DOW-UAP-D49, Launch Summary, Vandenberg AFB, 2000
Agency: Department of War
Incident date: 2/3/00
Page 18
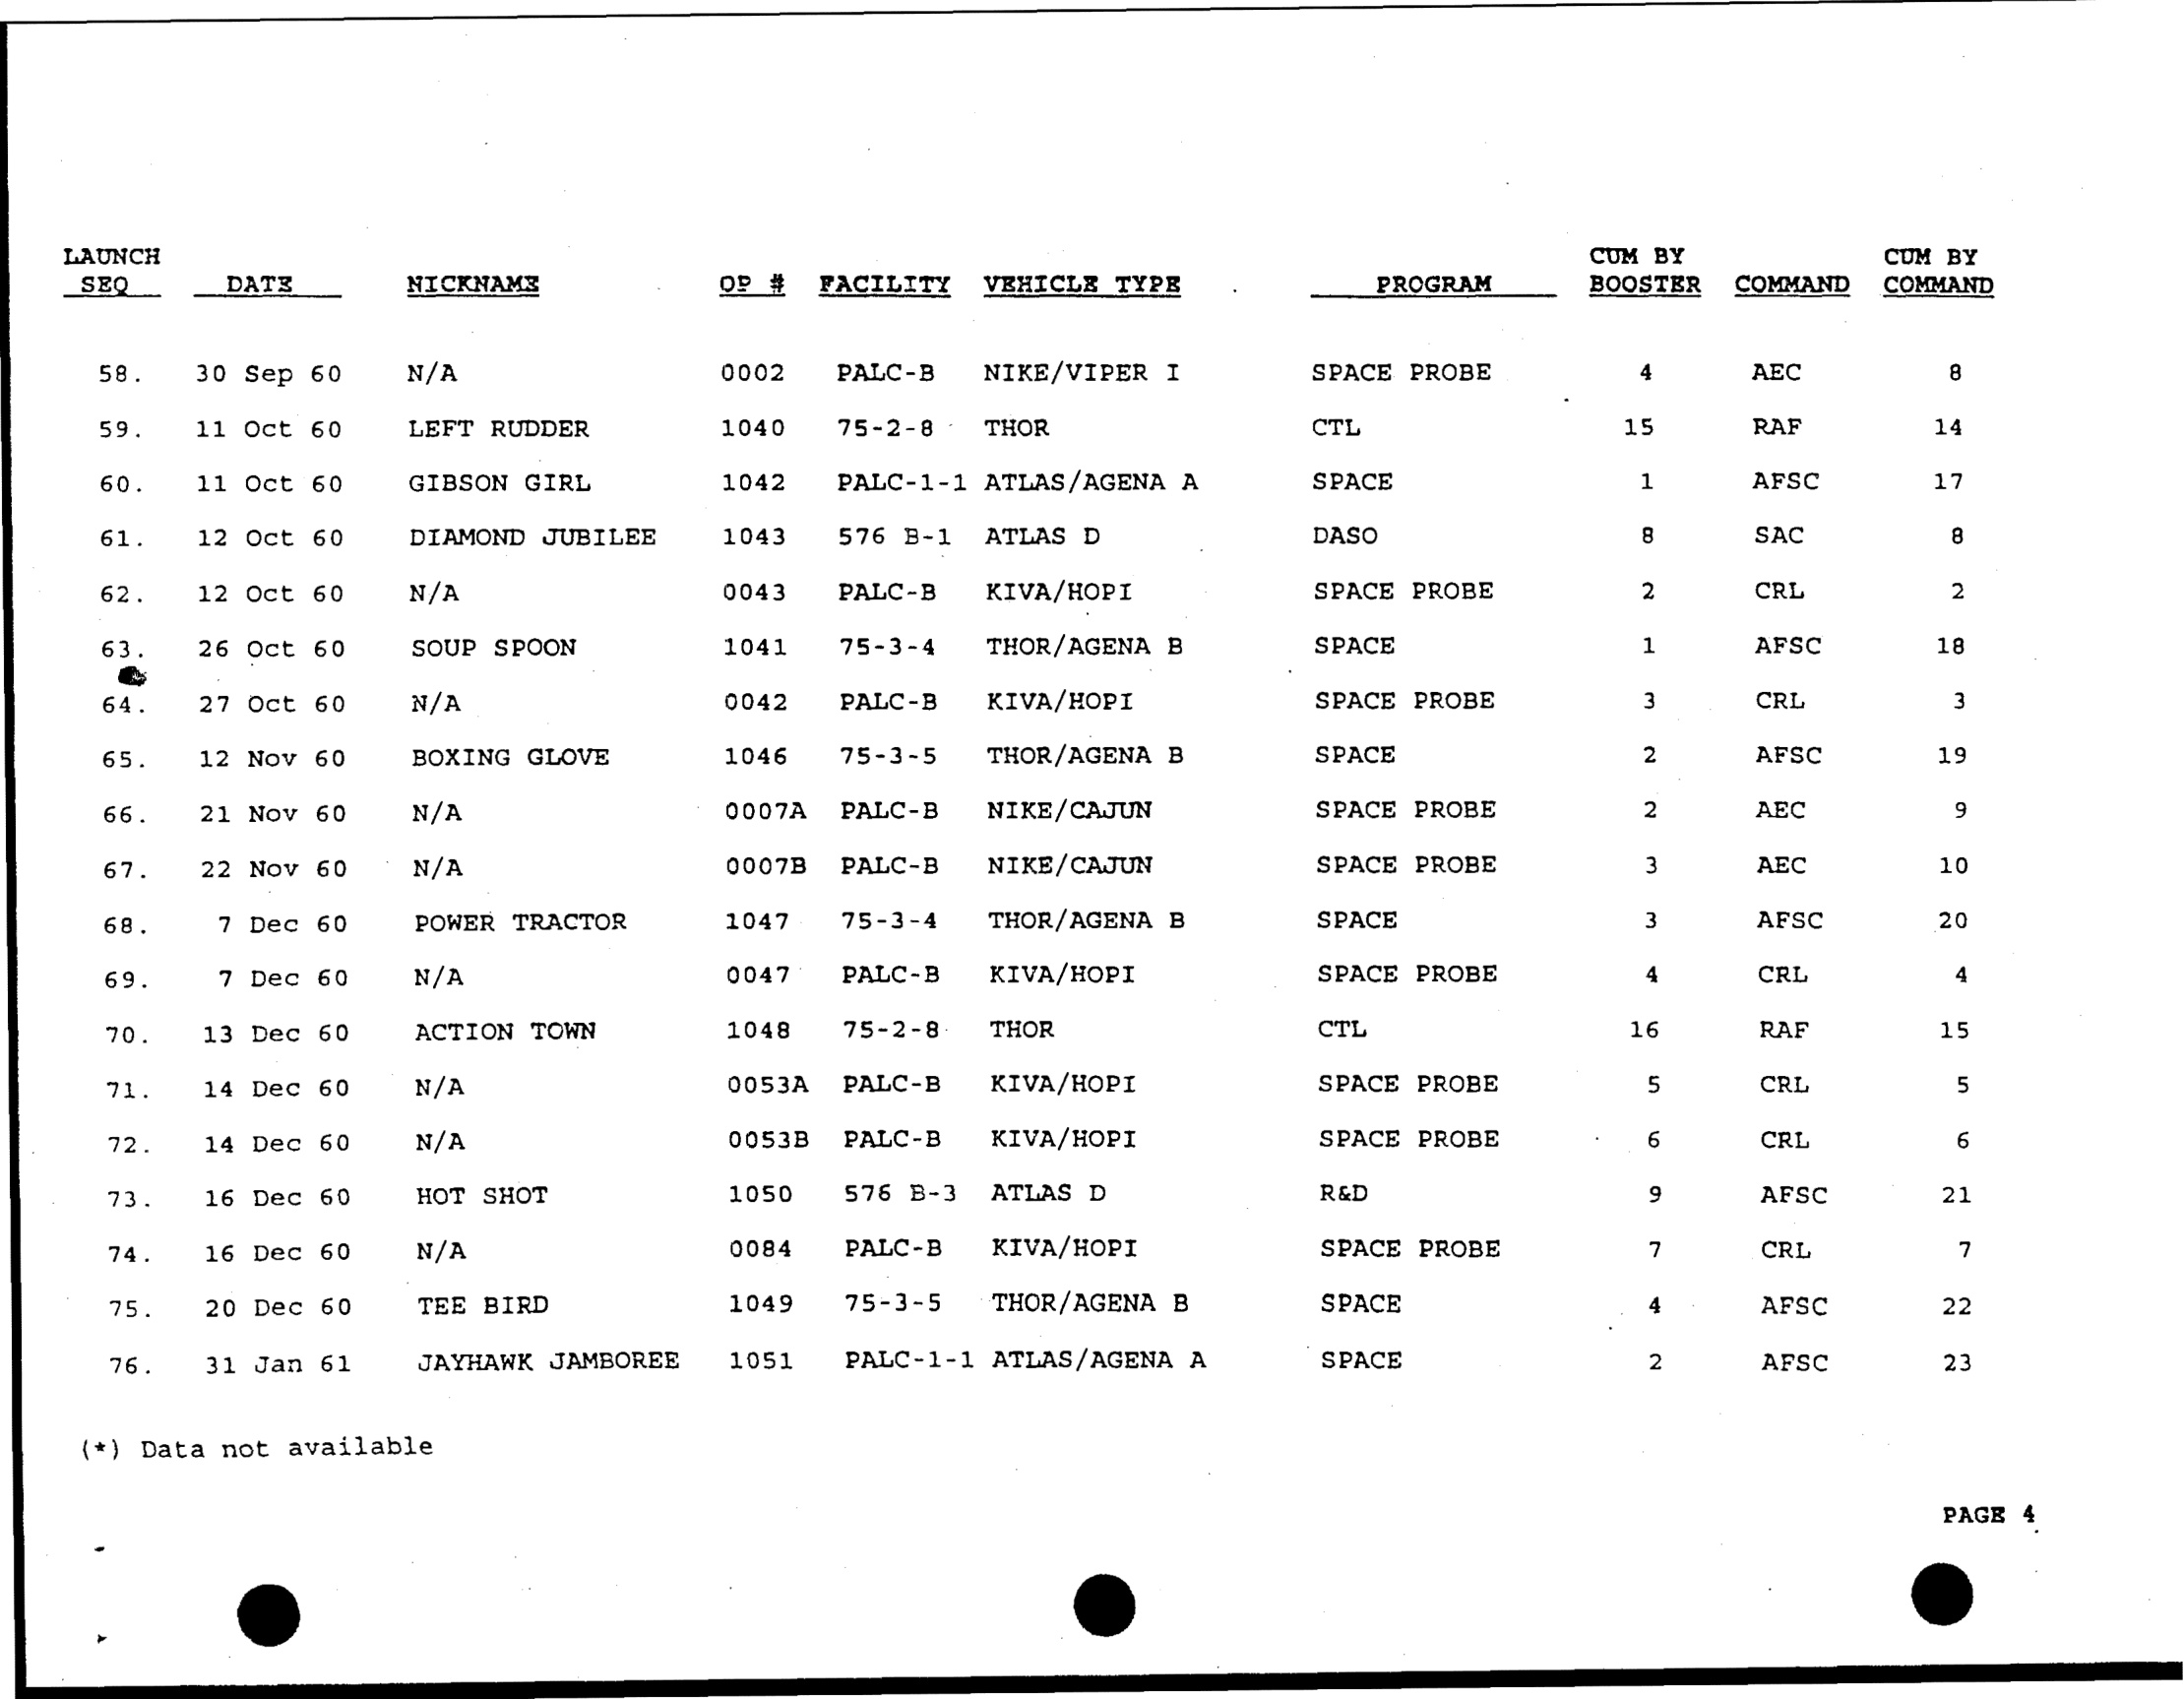